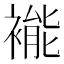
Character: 褦